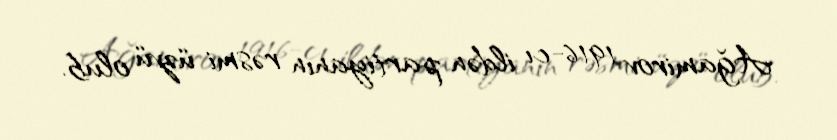
Ağamirov 1916-cı ildən partiyanın rəsmi üzvü olub.